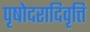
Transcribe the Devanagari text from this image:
पृषोदरादिवृत्ति